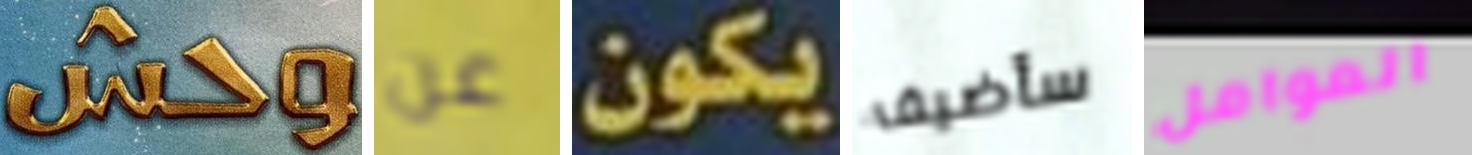
وحش عن يكون سأضيف العوامل